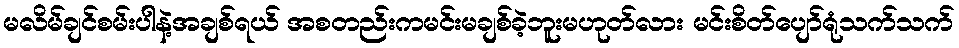
မလိမ်ချင်စမ်းပါနဲ့အချစ်ရယ် အစတည်းကမင်းမချစ်ခဲ့ဘူးမဟုတ်လား မင်းစိတ်ပျော်ရုံသက်သက်